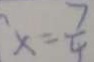
x = \frac { 7 } { 4 }